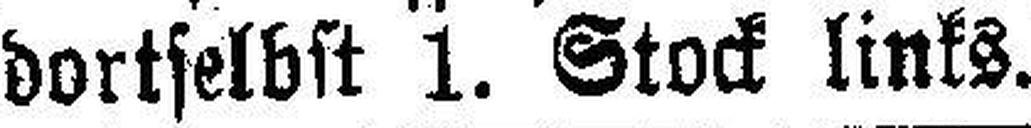
dortselbst 1. Stock links. P3357